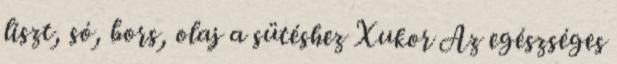
liszt, só, bors, olaj a sütéshez Xukor Az egészséges